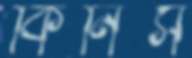
কিনিস